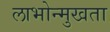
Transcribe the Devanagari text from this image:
लाभोन्मुखता